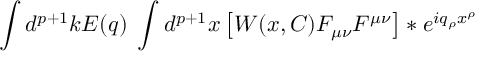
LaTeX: \int d ^ { p + 1 } k E ( q ) \; \int d ^ { p + 1 } x \left[ W ( x , C ) F _ { \mu \nu } F ^ { \mu \nu } \right] \ast e ^ { i q _ { \rho } x ^ { \rho } }